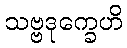
သဗ္ဗဒုက္ခေဟိ